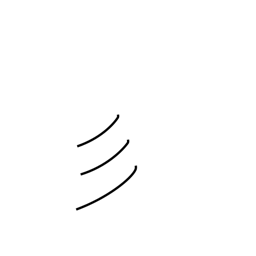
Meaning: short hair or fur radical (no. 59)